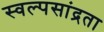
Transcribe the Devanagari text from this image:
स्वल्पसांद्रता